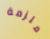
ملزمة